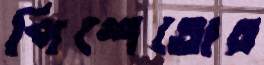
পিশেতোর